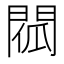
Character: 𨴧